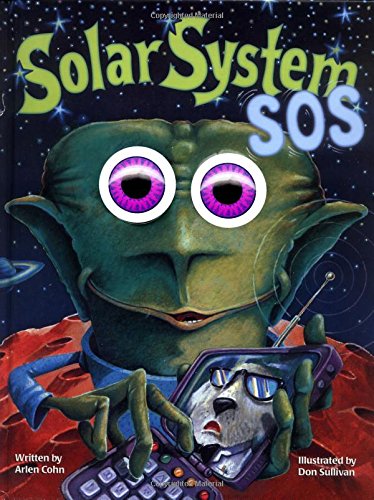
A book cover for Solar System SOS (Eyeball Animation!); Arlen Cohn; Science & Math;